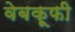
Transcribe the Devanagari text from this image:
वेबकूफी